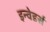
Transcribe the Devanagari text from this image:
इन्वेडर्स